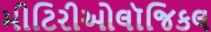
મીટિરીઓલૉજિકલ